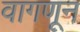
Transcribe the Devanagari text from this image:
वागणून